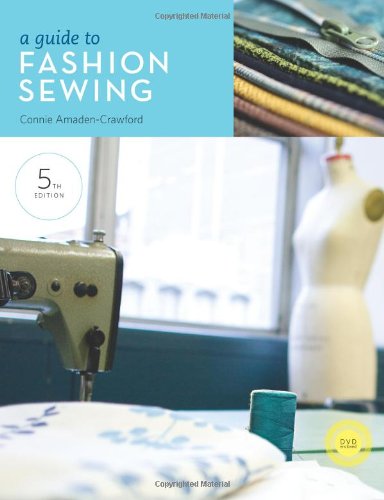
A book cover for A Guide to Fashion Sewing; Connie Amaden-Crawford; Arts & Photography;